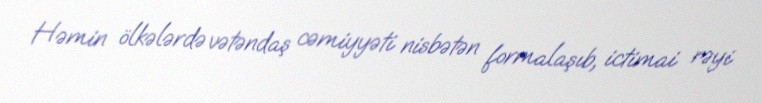
Həmin ölkələrdə vətəndaş cəmiyyəti nisbətən formalaşıb, ictimai rəyi